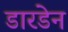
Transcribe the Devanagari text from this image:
डारडेन